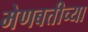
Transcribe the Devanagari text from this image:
मेणबत्तीच्या